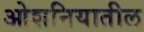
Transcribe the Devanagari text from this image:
ओशनियातील